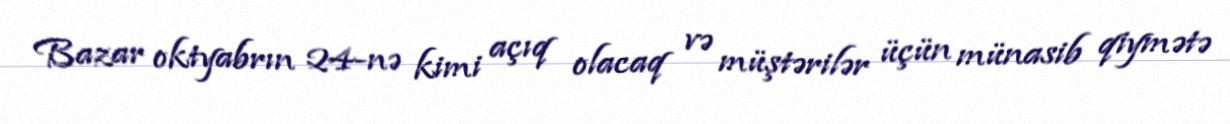
Bazar oktyabrın 24-nə kimi açıq olacaq və müştərilər üçün münasib qiymətə